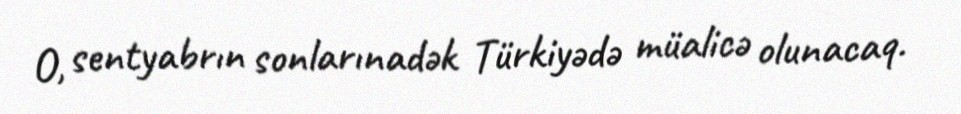
O, sentyabrın sonlarınadək Türkiyədə müalicə olunacaq.